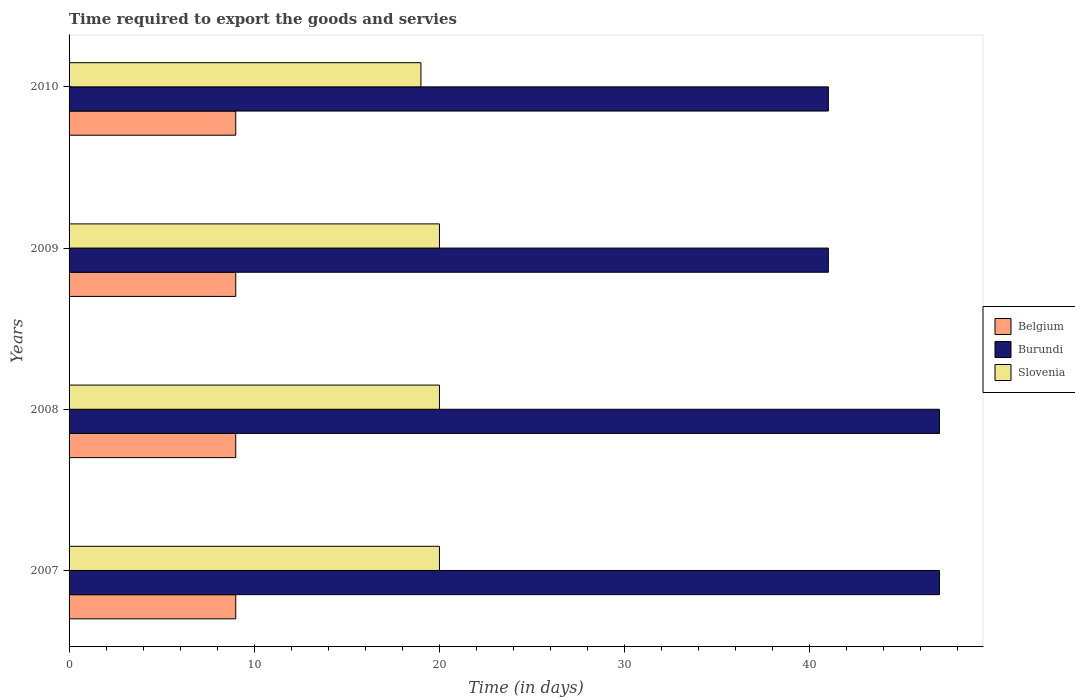
| Years | Belgium | Burundi | Slovenia |
 | --- | --- | --- | --- |
 | 2007 | 9 | 47 | 20 |
 | 2008 | 9 | 47 | 20 |
 | 2009 | 9 | 41 | 20 |
 | 2010 | 9 | 41 | 19 |